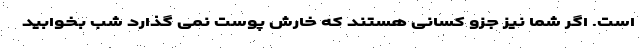
است. اگر شما نیز جزو کسانی هستند که خارش پوست نمی گذارد شب بخوابید